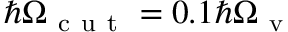
\hbar \Omega _ { \mathrm { ~ c ~ u ~ t ~ } } = 0 . 1 \hbar \Omega _ { \mathrm { ~ v ~ } }